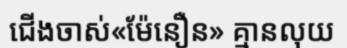
ជើងចាស់«ម៉ែនឿន» គ្មានលុយ